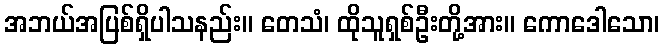
အဘယ်အပြစ်ရှိပါသနည်း။ တေသံ၊ ထိုသူရှစ်ဦးတို့အား။ ကောဒေါသော၊